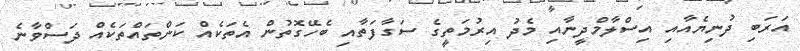
އަރަބި ދުނިޔެއާއި އިސްލާމްދީނާއި މެދު އިރުމަތީގެ ސަގާފަތާއި ބެހޭގޮތުން އެތަކެއް ކަންތައްތަކެއް ދަސްވާނެ